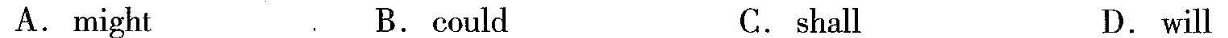
A.might B.could C.shall D. will